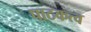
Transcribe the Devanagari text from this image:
पाठकत्व